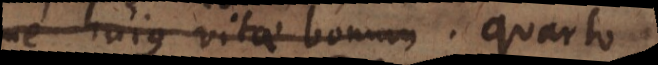
hujus vitae bonum. Quarto